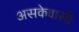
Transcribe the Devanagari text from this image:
असकेवासी